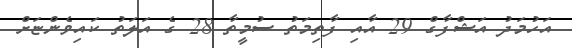
އަހުމަދު އަޝްފާގް 29 އާއި ފާތިމަތު ސުމީތާ 28 ގެ އަލަތު ކައިވެންޏަށް